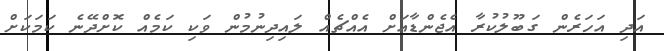
އަދި އަހަރެން ގަބޫލުކުރާ އެޖެންޑާއަށް އެއްޗެއް ލައިދިނުމުން ވަކި ކަމެއް ކޮށްދޭނެ ކަމަކަށް